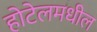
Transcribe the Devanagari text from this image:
होटेलमधील